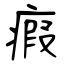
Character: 瘕